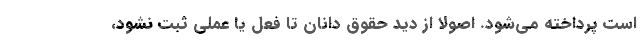
است پرداخته می‌شود. اصولاً از دید حقوق دانان تا فعل یا عملی ثبت نشود،